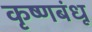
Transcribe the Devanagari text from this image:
कृष्णबंधू